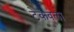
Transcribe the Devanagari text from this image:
टेकवला